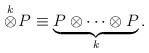
\begin{align*}\stackrel{k}{\otimes} \! P \equiv \underbrace{P \otimes \cdots \otimes P}_k.\end{align*}